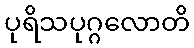
ပုရိသပုဂ္ဂလောတိ